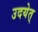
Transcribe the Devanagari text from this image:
उदयेत्‌